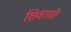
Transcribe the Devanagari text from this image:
शिवतमो